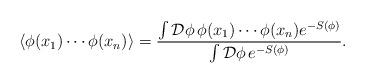
LaTeX: \begin{align*}\langle \phi(x_1)\cdots\phi(x_n)\rangle = \frac{\int \mathcal{D}\phi\, \phi(x_1)\cdots\phi(x_n) e^{-S(\phi)}} {\int \mathcal{D}\phi\, e^{-S(\phi)}} .\end{align*}